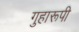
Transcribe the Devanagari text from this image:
गुहारूपी